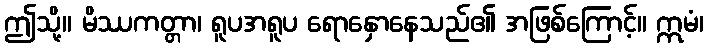
ဤသို့။ မိဿကတ္တာ၊ ရူပအရူပ ရောနှောနေသည်၏ အဖြစ်ကြောင့်။ ဣမံ၊